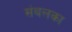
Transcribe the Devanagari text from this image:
संबलका